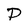
Character: P